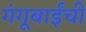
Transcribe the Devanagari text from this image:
गंगूबाईंची